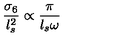
\frac { \sigma _ { 6 } } { l _ { s } ^ { 2 } } \propto \frac { \pi } { l _ { s } \omega }